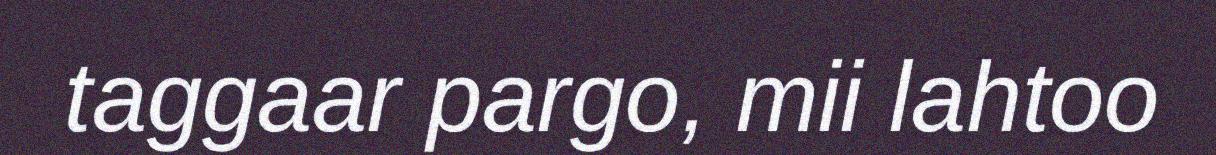
taggaar pargo, mii lahtoo